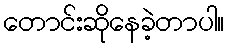
တောင်းဆိုနေခဲ့တာပါ။